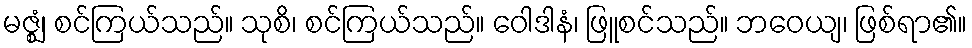
မဇ္ဈံ၊ စင်ကြယ်သည်။ သုစိ၊ စင်ကြယ်သည်။ ဝေါဒါနံ၊ ဖြူစင်သည်။ ဘဝေယျ၊ ဖြစ်ရာ၏။